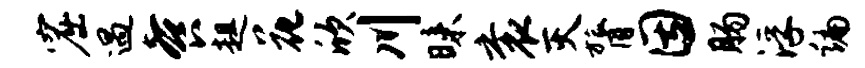
窟遇餐趄花欣川昧衮灭膂因肠浮编